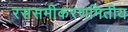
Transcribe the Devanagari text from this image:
रससमीकरणमितीय